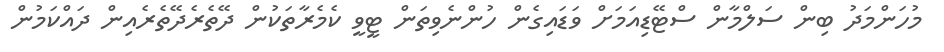
މުހަންމަދު ބިން ސަލްމާން ސްޓޭޑިއަމަށް ވަޑައިގެން ހުންނެވިތަން ޓީވީ ކެމެރާތަކުން ދޭތެރެދޭތެރެއިން ދައްކަމުން